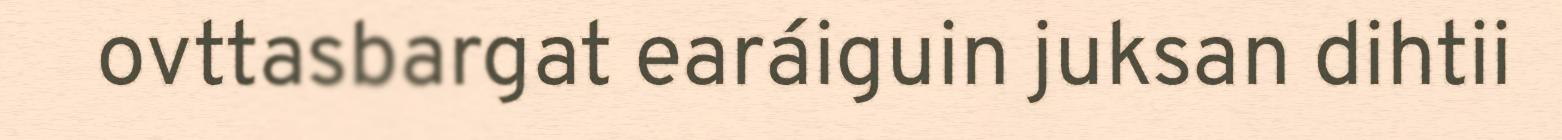
ovttasbargat earáiguin juksan dihtii